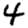
Digit: 4